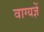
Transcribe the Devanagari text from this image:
वाग्यज्ञें